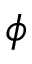
\phi